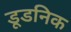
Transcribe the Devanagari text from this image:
डूडनिक